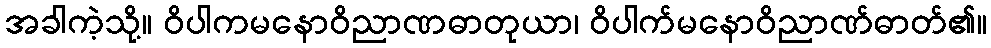
အခါကဲ့သို့။ ဝိပါကမနောဝိညာဏဓာတုယာ၊ ဝိပါက်မနောဝိညာဏ်ဓာတ်၏။